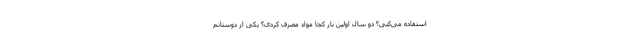
استفاده می‌کنی؟ دو سال اولین بار کجا مواد مصرف کردی؟ یکی از دوستانم